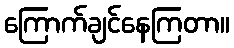
ကြောက်ချင်နေကြတာ။